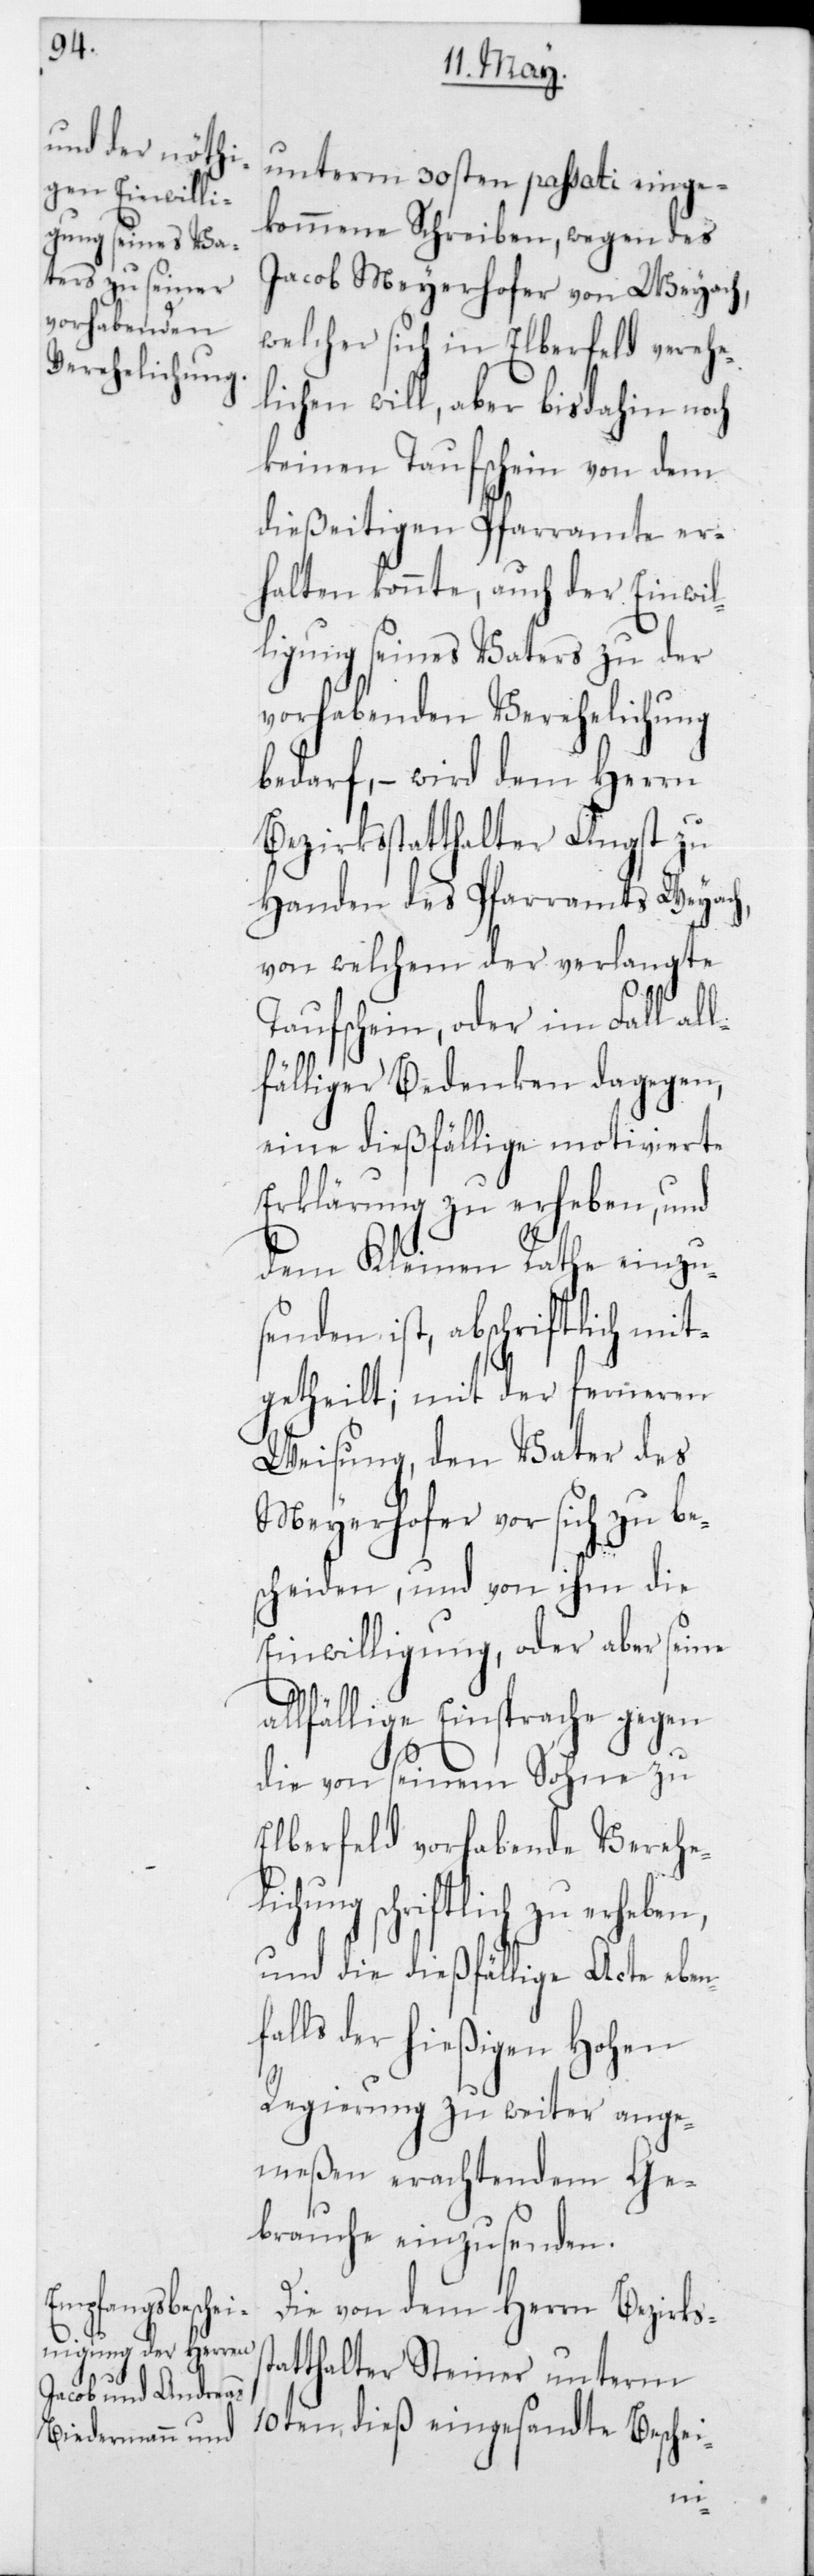
st¬

unterm 30sten passati einge¬
kommene Schreiben, wegen des
Jacob Meyerhofer von Weyach,
welcher sich in Elberfeld verehe¬
lichen will, aber bis dahin noch
keinen Taufschein von dem
dießeitigen Pfarramte er¬
halten konnte, auch der Einwil¬
ligung seines Vaters zu der
vorhabenden Verehelichung
bedarf, – wird dem Herrn
Bezirksstatthalter Angst zu
Handen des Pfarramts Weyach,
von welchem der verlangte
Taufschein, oder im Fall all¬
fälliger Bedenken dagegen,
eine dießfällige motivierte
Erklärung zu erheben, und
dem Kleinen Rathe einzuse¬
nden ist, abschriftlich mit¬
getheilt; mit der ferneren
Weisung, den Vater des
Meyerhofer vor sich zu be¬
scheiden, und von ihm die
Einwilligung, oder aber seine
allfällige Einsprache gegen
die von seinem Sohne zu
Elberfeld vorhabende Verehe¬
lichung schriftlich zu erheben,
und die dießfälligen Acte eben¬
falls der hießigen Hohen
Regierung zu weiter ange¬
meßen erachtendem Ge¬
brauche einzusenden.
Die von dem Herrn Bezirks¬
atthalter Steiner unterm
10ten dieß eingesandte Beschei-